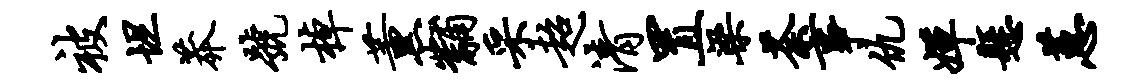
被坦莽号棹薰黼采超清置梁荼事仇婵悬蕙